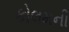
કોલમની